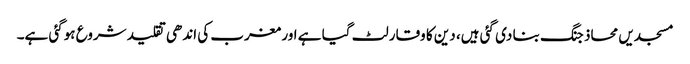
مسجدیں محاذ جنگ بنا دی گئی ہیں، دین کا وقار لٹ گیا ہے اور مغرب کی اندھی تقلید شروع ہوگئی ہے۔